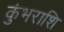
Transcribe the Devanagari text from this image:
कुंभराशि